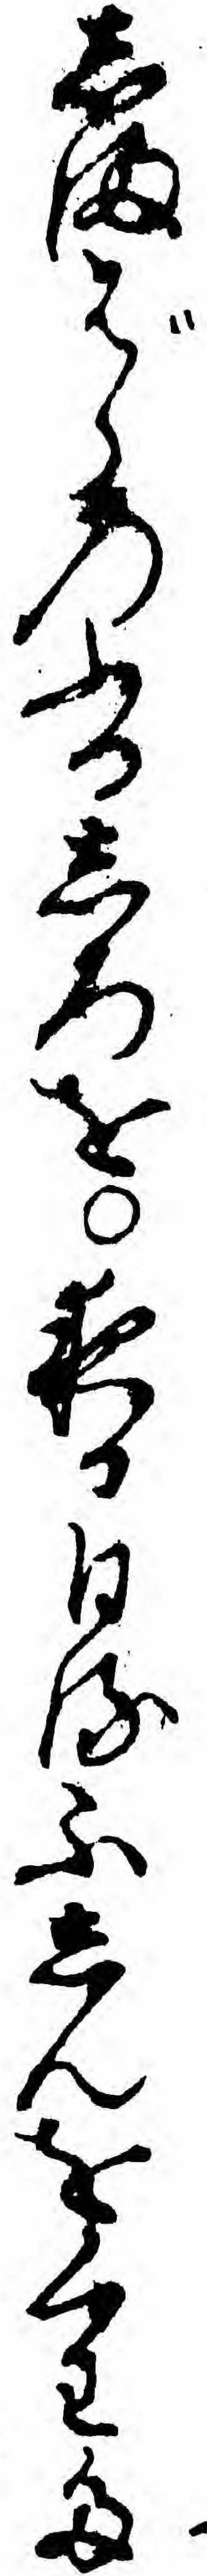
しまばらのふるしろを夜る日るふしんをくわた